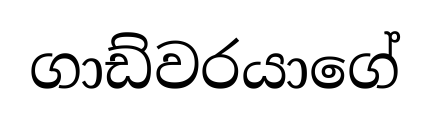
ගාඩ්වරයාගේ